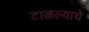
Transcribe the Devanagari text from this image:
टाळल्याचे